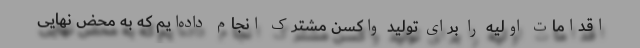
اقدامات اولیه را برای تولید واکسن مشترک انجام داده‌ایم که به محض نهایی